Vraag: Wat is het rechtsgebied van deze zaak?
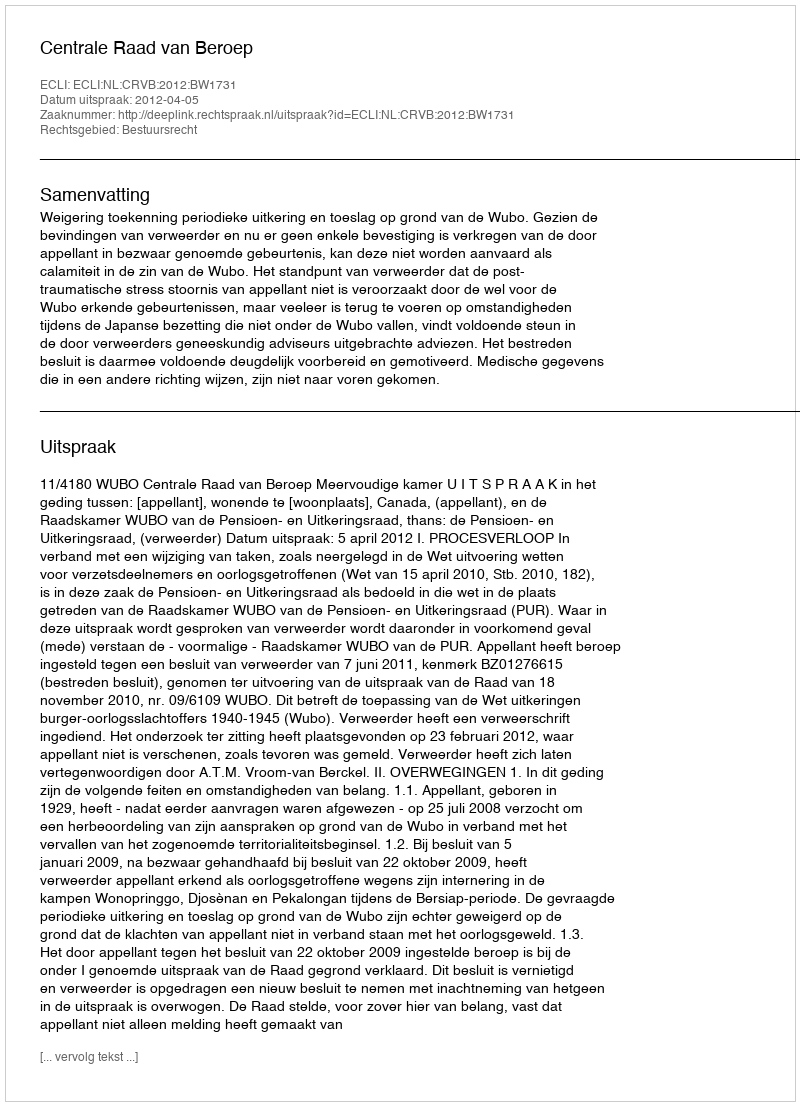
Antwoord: Bestuursrecht